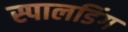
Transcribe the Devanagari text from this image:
स्पालडिंग